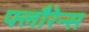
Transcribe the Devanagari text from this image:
फ्लौरेन्स